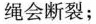
绳会断裂；